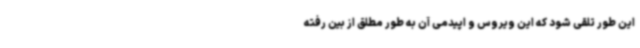
این طور تلقی شود که این ویروس و اپیدمی آن به طور مطلق از بین رفته